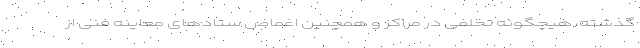
گذشته، هیچگونه تخلفی در مراکز و همچنین اغماض ستادهای معاینه فنی از